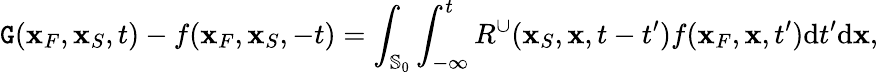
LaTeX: \mathtt{G}({\mathbf{x}}_{F},{\mathbf{x}}_{S},t)-f({\mathbf{x}}_{F},{\mathbf{x}}_{S},-t)=\int_{{\mathbb{{S}}_{0}}}\int_{-\infty}^{t}R^{\cup}({\mathbf{x}}_{S},{\mathbf{x}},t-t^{\prime})f({\mathbf{x}}_{F},{\mathbf{x}},t^{\prime})\mathrm{{d}}t^{\prime}\mathrm{{d}}{\mathbf{x}},